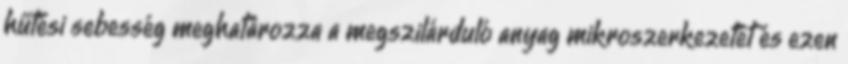
hűtési sebesség meghatározza a megszilárduló anyag mikroszerkezetét és ezen